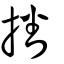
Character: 𨤏